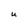
Character: U